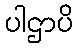
ပါဌာပိ